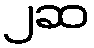
၂ဆ